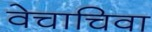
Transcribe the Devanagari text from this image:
वेचाचिवा